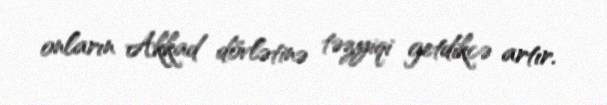
onların Akkad dövlətinə təzyiqi getdikcə artır.